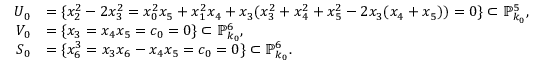
\begin{array} { r l } { U _ { 0 } } & { = \{ x _ { 2 } ^ { 2 } - 2 x _ { 3 } ^ { 2 } = x _ { 0 } ^ { 2 } x _ { 5 } + x _ { 1 } ^ { 2 } x _ { 4 } + x _ { 3 } ( x _ { 3 } ^ { 2 } + x _ { 4 } ^ { 2 } + x _ { 5 } ^ { 2 } - 2 x _ { 3 } ( x _ { 4 } + x _ { 5 } ) ) = 0 \} \subset \mathbb { P } _ { k _ { 0 } } ^ { 5 } , } \\ { V _ { 0 } } & { = \{ x _ { 3 } = x _ { 4 } x _ { 5 } = c _ { 0 } = 0 \} \subset \mathbb { P } _ { k _ { 0 } } ^ { 6 } , } \\ { S _ { 0 } } & { = \{ x _ { 6 } ^ { 3 } = x _ { 3 } x _ { 6 } - x _ { 4 } x _ { 5 } = c _ { 0 } = 0 \} \subset \mathbb { P } _ { k _ { 0 } } ^ { 6 } . } \end{array}